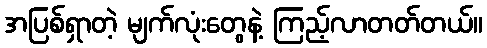
အပြစ်ရှာတဲ့ မျက်လုံးတွေနဲ့ ကြည့်လာတတ်တယ်။